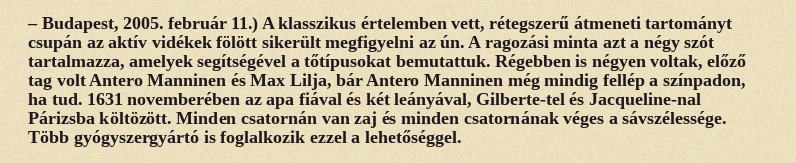
– Budapest, 2005. február 11.) A klasszikus értelemben vett, rétegszerű átmeneti tartományt csupán az aktív vidékek fölött sikerült megfigyelni az ún. A ragozási minta azt a négy szót tartalmazza, amelyek segítségével a tőtípusokat bemutattuk. Régebben is négyen voltak, előző tag volt Antero Manninen és Max Lilja, bár Antero Manninen még mindig fellép a színpadon, ha tud. 1631 novemberében az apa fiával és két leányával, Gilberte-tel és Jacqueline-nal Párizsba költözött. Minden csatornán van zaj és minden csatornának véges a sávszélessége. Több gyógyszergyártó is foglalkozik ezzel a lehetőséggel.